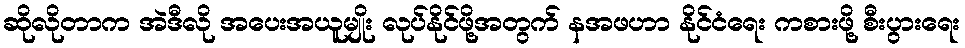
ဆိုလိုတာက အဲဒီလို အပေးအယူမျိုး လုပ်နိုင်ဖို့အတွက် နအဖဟာ နိုင်ငံရေး ကစားဖို့ စီးပွားရေး